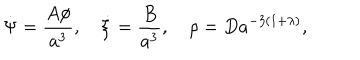
\dot { \Psi } = \frac { A \phi } { a ^ { 3 } } , \quad \dot { \xi } = \frac { B } { a ^ { 3 } } , \quad \rho = D a ^ { - 3 ( 1 + \lambda ) } ,